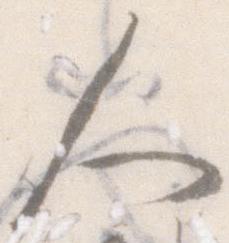
人